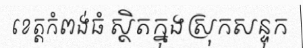
ខេត្តកំពង់ធំ ស្ថិតក្នុងស្រុកសន្ទុក